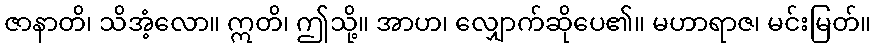
ဇာနာတိ၊ သိအံ့လော။ ဣတိ၊ ဤသို့။ အာဟ၊ လျှောက်ဆိုပေ၏။ မဟာရာဇ၊ မင်းမြတ်။